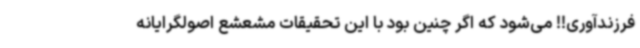
فرزندآوری!! می‌شود که اگر چنین بود با این تحقیقات مشعشع اصولگرایانه